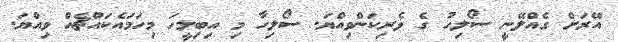
އޭރަށް ގެއްލޭނީ ސޯލިހު ގެ ވެރިކަންވިއްޔަ. ސޯލިހާ މި އިބިލީހަ މިހަމައެކައްޗެއް ވިއްޔަ.